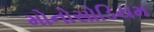
મોનોસોડિયમ